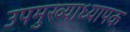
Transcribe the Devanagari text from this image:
उपमुख्याध्यापक